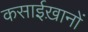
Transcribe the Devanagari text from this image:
कसाईख़ानों